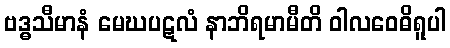
ဗဒ္ဓသီမာနံ မေဃပဋလံ နာဘိရမာမီတိ ဝါလဝေဓိရူပါ